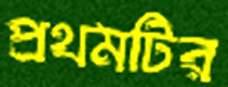
প্রথমটির